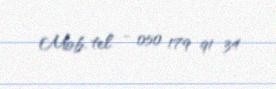
Mob. tel - 050 179 91 34